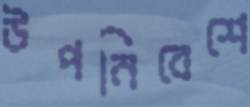
উপনিবেশে